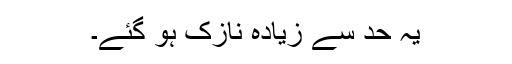
یہ حد سے زیادہ نازک ہو گئے۔